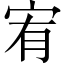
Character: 宥